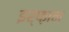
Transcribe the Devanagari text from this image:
इर्फ़ान